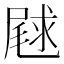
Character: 𫵣